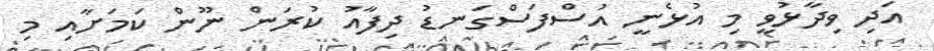
އަދި ވިދާޅުވީ މި އުޅެނީ އުސްފަސްގަނޑު ދިފާއު ކުރަން ނޫން ކަމަށާއި މި